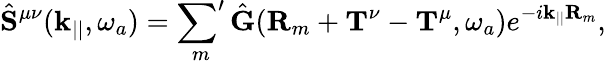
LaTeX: \hat{\mathbf{S}}^{\mu\nu}(\mathbf{k}_{||},\omega_{a})=\sideset{}{'}\sum_{m}\hat{\mathbf{G}}(\mathbf{R}_{m}+\mathbf{T}^{\nu}-\mathbf{T}^{\mu},\omega_{a})e^{-i\mathbf{k}_{||}\mathbf{R}_{m}},